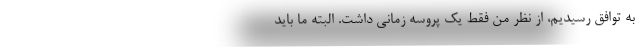
به توافق رسیدیم، از نظر من فقط یک پروسه زمانی داشت. البته ما باید